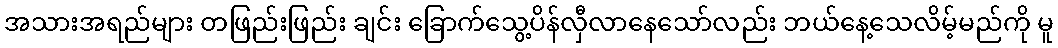
အသားအရည်များ တဖြည်းဖြည်း ချင်း ခြောက်သွေ့ပိန်လှီလာနေသော်လည်း ဘယ်နေ့သေလိမ့်မည်ကို မူ